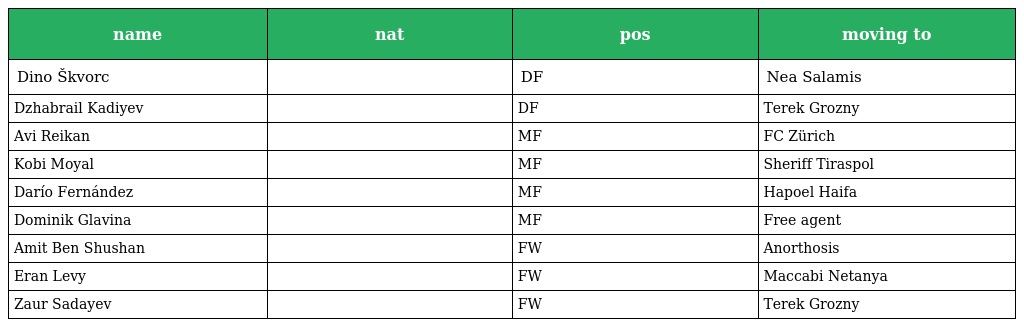
| name | nat | pos | moving to |
 | --- | --- | --- | --- |
 | Dino Škvorc |  | DF | Nea Salamis |
 | Dzhabrail Kadiyev |  | DF | Terek Grozny |
 | Avi Reikan |  | MF | FC Zürich |
 | Kobi Moyal |  | MF | Sheriff Tiraspol |
 | Darío Fernández |  | MF | Hapoel Haifa |
 | Dominik Glavina |  | MF | Free agent |
 | Amit Ben Shushan |  | FW | Anorthosis |
 | Eran Levy |  | FW | Maccabi Netanya |
 | Zaur Sadayev |  | FW | Terek Grozny |